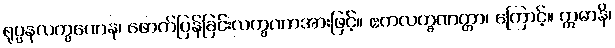
ရုပ္ပနလက္ခဏေန၊ ဖောက်ပြန်ခြင်းလက္ခဏာအားဖြင့်။ ဧကလက္ခဏတ္တာ၊ ကြောင့်။ ဣမာနိ၊